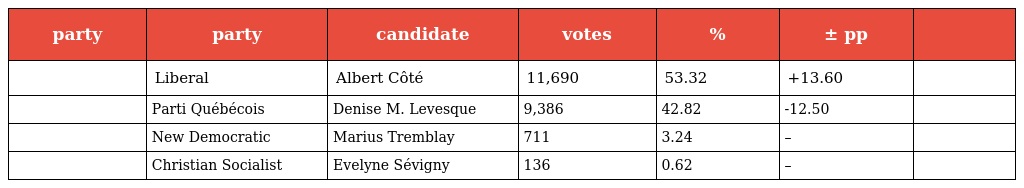
| party | party | candidate | votes | % | ± pp |  |
 | --- | --- | --- | --- | --- | --- | --- |
 |  | Liberal | Albert Côté | 11,690 | 53.32 | +13.60 |  |
 |  | Parti Québécois | Denise M. Levesque | 9,386 | 42.82 | -12.50 |  |
 |  | New Democratic | Marius Tremblay | 711 | 3.24 | – |  |
 |  | Christian Socialist | Evelyne Sévigny | 136 | 0.62 | – |  |